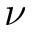
\nu